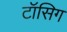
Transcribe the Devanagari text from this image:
टॉसिग